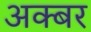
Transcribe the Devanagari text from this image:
अक्बर